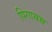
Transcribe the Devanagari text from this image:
पिगासस